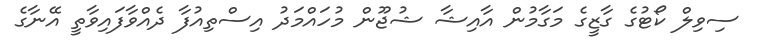
ސިވިލް ކޯޓުގެ ގާޒީގެ މަގާމުން އާއިޝާ ޝުޖޫން މުހައްމަދު އިސްތިއުފާ ދެއްވާފައިވާތީ އޭނާގެ